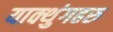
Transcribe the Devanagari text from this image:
याक्थुंगहरु